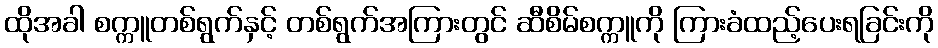
ထိုအခါ စက္ကူတစ်ရွက်နှင့် တစ်ရွက်အကြားတွင် ဆီစိမ်စက္ကူကို ကြားခံထည့်ပေးရခြင်းကို